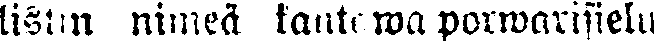
listin nimeä kantawa porwarisielu